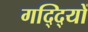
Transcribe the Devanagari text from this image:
गद्दि्यों